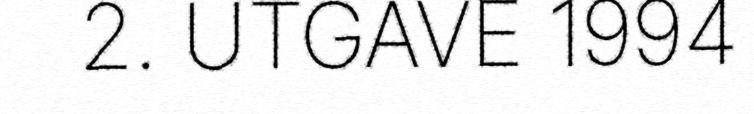
2. UTGAVE 1994